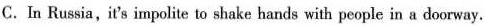
C. In Russia,it's impolite to shake hands with people in a doorway.